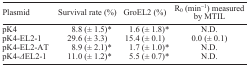
<table><thead><tr><td><b>Plasmid</b></td><td><b>Survival rate (%)</b></td><td><b>GroEL2 (%)</b></td><td><b>R<sub>0</sub> (min<sup>−1</sup>) measured by MTIL</b></td></tr></thead><tbody><tr><td>pK4</td><td>8.8 (± 1.5)<sup>*</sup></td><td>1.6 (± 1.8)<sup>*</sup></td><td>N.D.</td></tr><tr><td>pK4-EL2-1</td><td>29.6 (± 3.3)</td><td>15.4 (± 0.1)</td><td>0.0 (± 0.1)</td></tr><tr><td>pK4-EL2-AT</td><td>8.9 (± 2.1)<sup>*</sup></td><td>1.7 (± 1.0)<sup>*</sup></td><td>N.D.</td></tr><tr><td>pK4-<i>Δ</i>EL2-1</td><td>11.0 (± 1.2)<sup>*</sup></td><td>5.5 (± 0.7)<sup>*</sup></td><td>N.D.</td></tr></tbody></table>